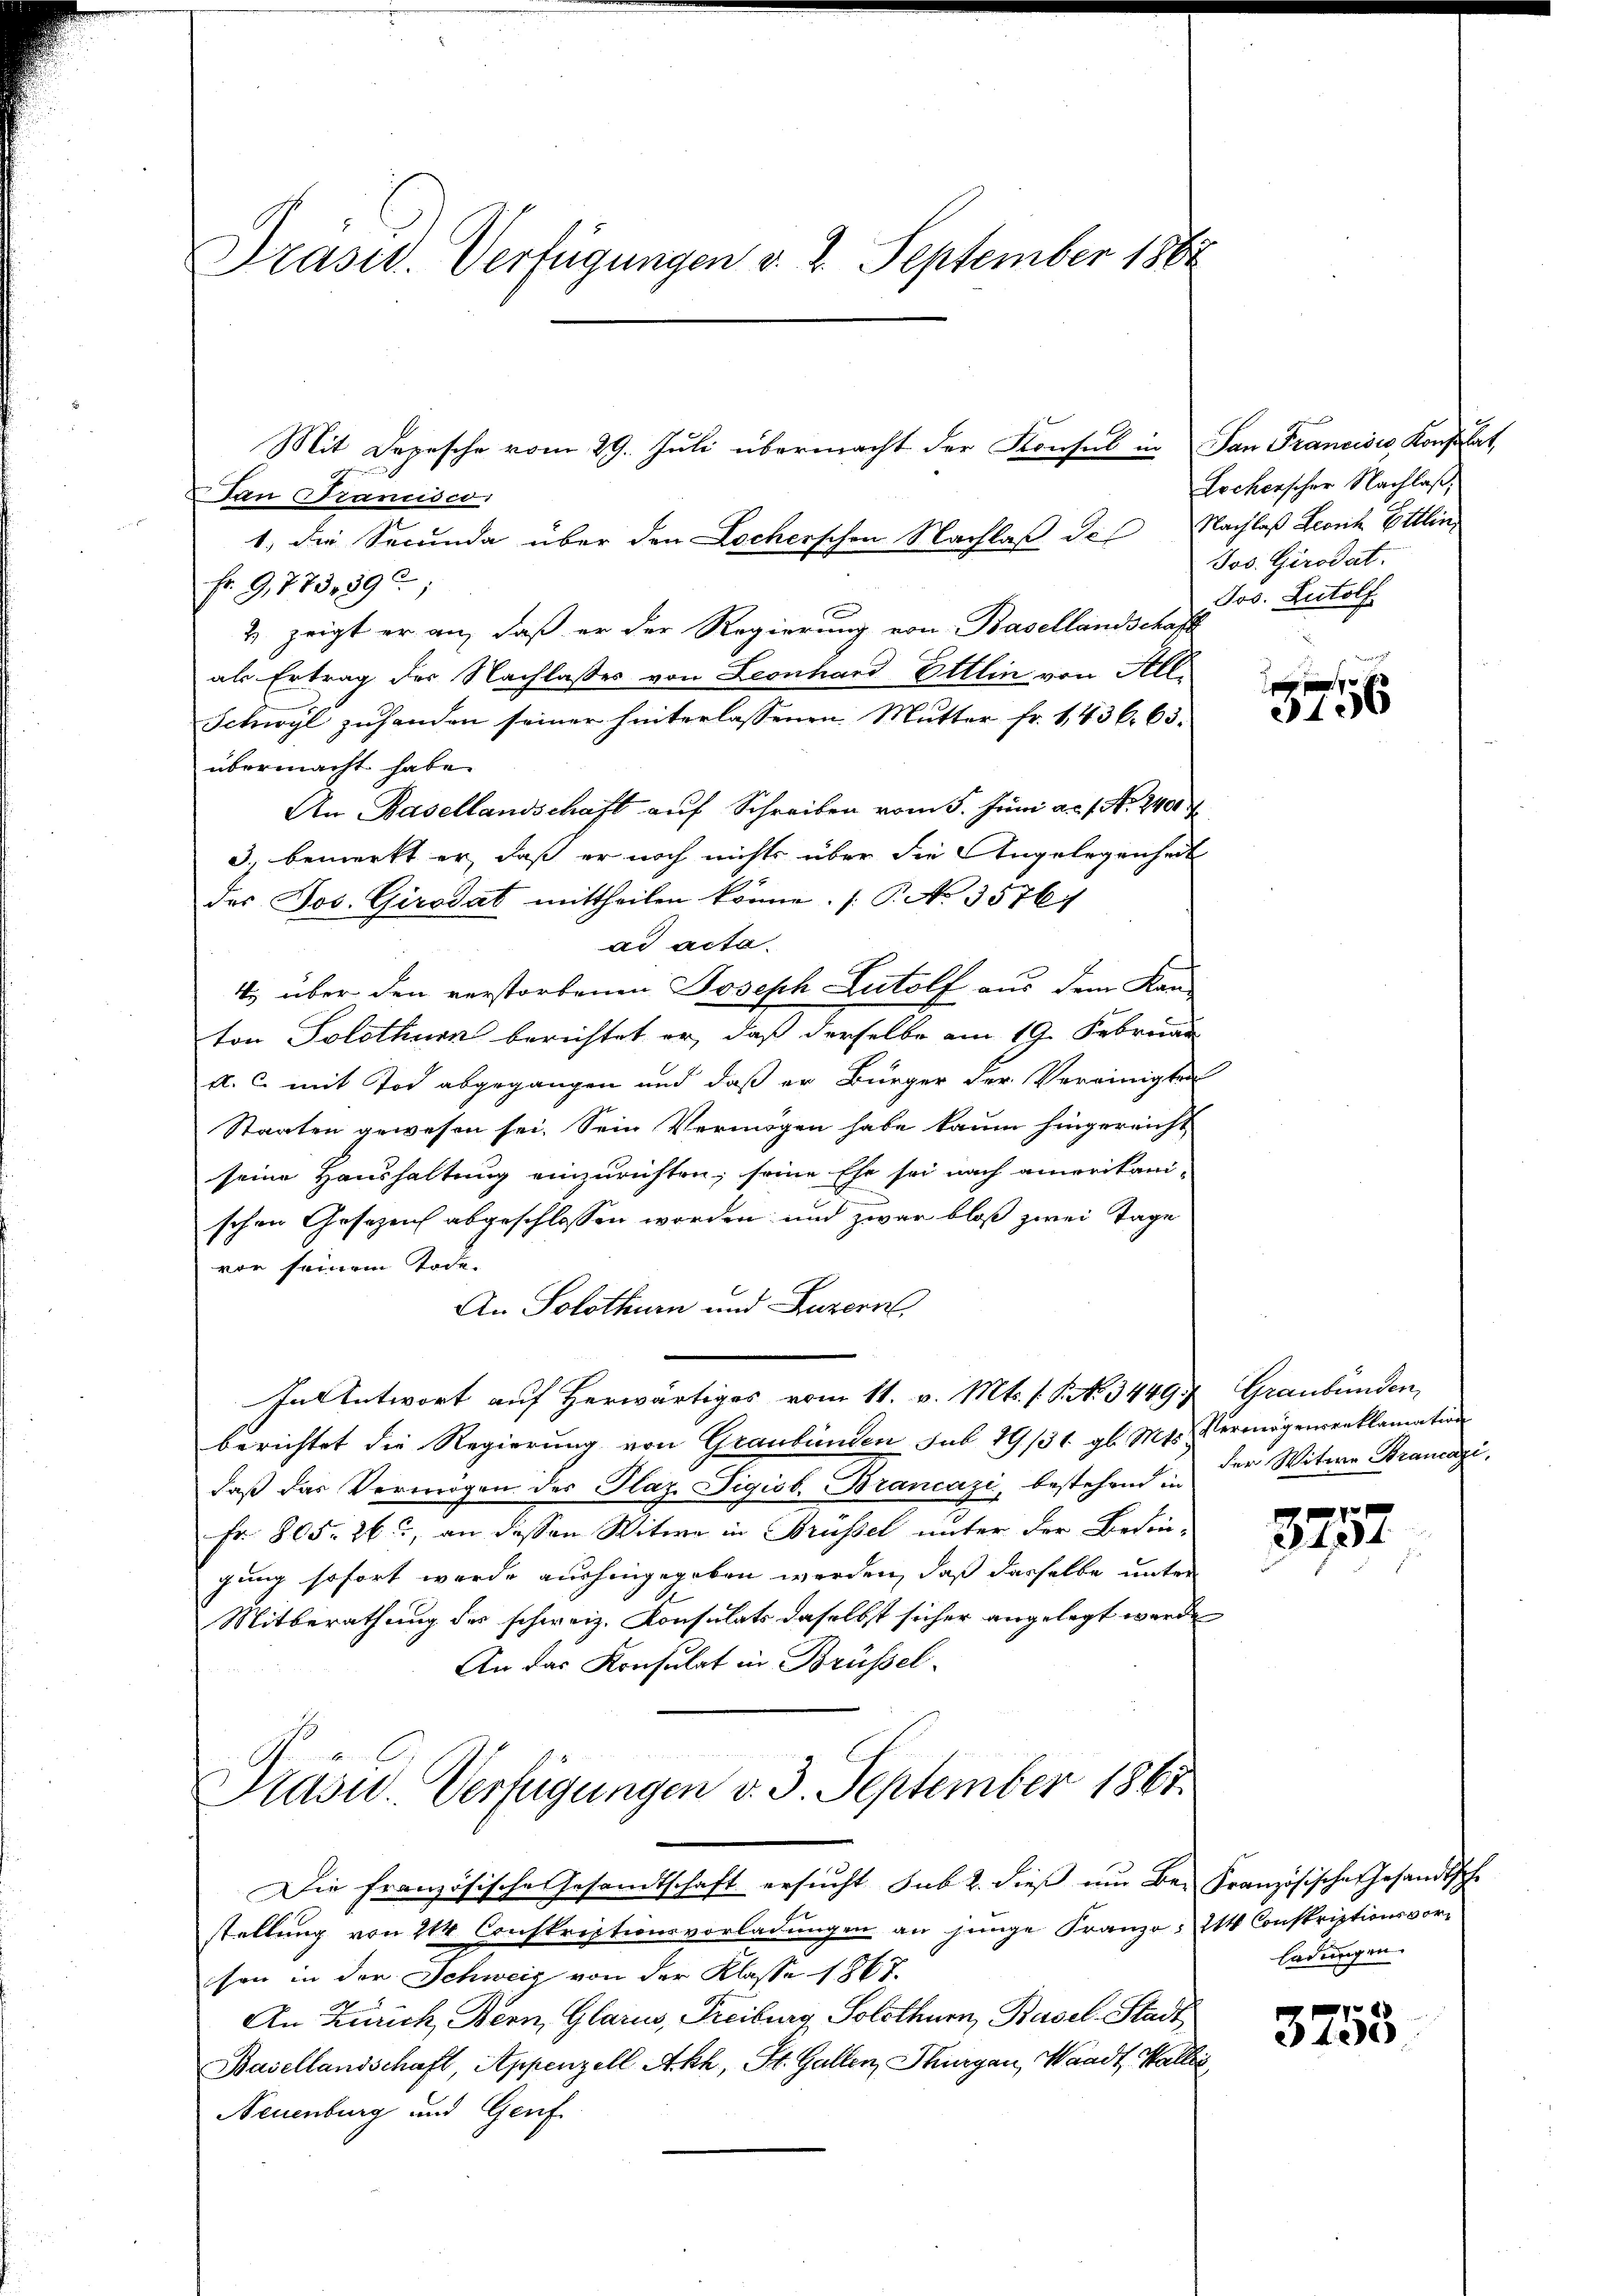
Präsid. Verfügungen v. 2. September 1864

Lan Francisco
1. die Secunda über den Locherschen Nachlaß des Nachlaß Leonz Ettlin¬
Fr. 9,773, 391
& zeigt er an, daß er der Regierung von Basellandschaft
als Ertrag der Nachlasses von Leonhard Ettlin von All¬
Schwyl zuhanden seiner hinterlassenen Mutter fr. 1436. 63.
übermacht habe.
An Basellandschaft auf Schreiben vom 5. Juni a. 1. No. 2400
3 bemerkt er, daß er noch nichts über die Angelegenheit
des Jos. Girodat mittheilen könne. (T. No 35761
ad acte.
4. über den verstorbenen Joseph Lutolf aus dem Kau-
ton Solothurn berichtet er, daß derselbe am 19. Februar
a. c. mit Tod abgegangen und daß er Bürger der Vereinigten
Staaten gewesen sei. Sein Vermögen habe kaum hingereicht
seine Haushaltung einzurichten; seine Ehe sei nach amerikani-
schen Gesezen abgeschlossen worden und zwar bloß zwei Tage
von seinem Tode-
An Solothurn und Luzern,
In Antwort auf herwärtiges vom 11. v. Mts. s. S. N. 34497 Graubünden,
berichtet die Regierung von Graubünden sub 19/31. gl. Mts. Vermögensreklamation
daß das Vermögen des Plaz. Sigiob. Brancazi, bestehend der Witwe Strancazi
Fr. 805. 263, an dessen Witwe in Brüssel unter der Bedin-
gung sofort werde aushingegeben werden, daß dasselbe unter
Mitberathung des schweiz. Konsulats daselbst sicher angelegt werde
An das Konsulat in Brüssel.

Mit Depesche vom 29. Juli übermacht der Konsul in San Francisco, Konst hat,

Präsid.. Verfügungen d. 3. September 1861

Die französische Gesandtschaft ersucht sub 2. dieß um Be- Französische Gesandtsche
stellung von 214 Conskriptionsvorladungen an junge Franzo- 214 Conskriptionsvorsen in der Schweiz von der Klasse 1867.
An Zürich, Bern, Glarus, Freiburg, Solothurn, Basel-Stadt
Basellandschaft, Appenzell Akh, St. Gallen, Thurgau, Waadt, Wallis
Neuenburg und Genf

Lochenscher Nachlaß,
Jos. Girodat.
Jos. Rudolf

3156

e
28424.

ladungen.

3753